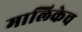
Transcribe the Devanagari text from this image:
मालिकेच